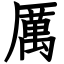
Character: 厲